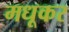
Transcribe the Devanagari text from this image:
मधूकर